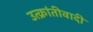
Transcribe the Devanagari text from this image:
उत्क्रांतीवादी